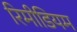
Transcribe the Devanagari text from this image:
रिमीडियम